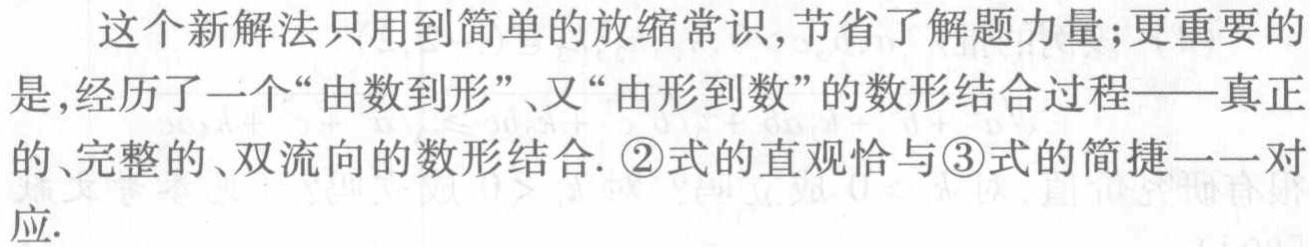
这个新解法只用到简单的放缩常识,节省了解题力量;更重要的是,经历了一个“由数到形”、又“由形到数”的数形结合过程——真正的、完整的、双流向的数形结合. \textcircled{2}式的直观恰与\textcircled{3}式的简捷一一对应.